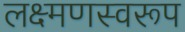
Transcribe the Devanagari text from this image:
लक्ष्मणस्वरूप